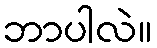
ဘာပါလဲ။